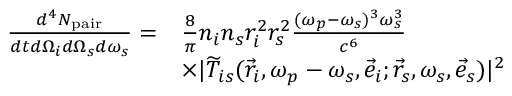
\begin{array} { r l } { \frac { d ^ { 4 } N _ { \mathrm { p a i r } } } { d t d \Omega _ { i } d \Omega _ { s } d \omega _ { s } } = } & { \frac { 8 } { \pi } n _ { i } n _ { s } r _ { i } ^ { 2 } r _ { s } ^ { 2 } \frac { ( \omega _ { p } - \omega _ { s } ) ^ { 3 } \omega _ { s } ^ { 3 } } { c ^ { 6 } } } \\ & { \times \lvert \widetilde { T } _ { i s } ( \vec { r } _ { i } , \omega _ { p } - \omega _ { s } , \vec { e } _ { i } ; \vec { r } _ { s } , \omega _ { s } , \vec { e } _ { s } ) \rvert ^ { 2 } } \end{array}